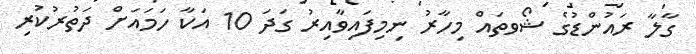
ގާލާ ރައުންޑުގެ ޝޯވތައް މިހާރު ނިމިފައިވާއިރު ގަދަ 10 އަކާ ހަމައަށް ދަތުރުކުރި